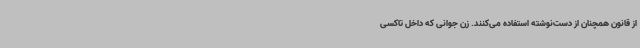
از قانون همچنان از دست‌نوشته استفاده می‌کنند. زن جوانی که داخل تاکسی